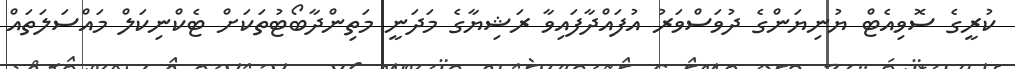
ކުރީގެ ސޮވިއެޓް ޔުނިޔަންގެ ދުވަސްވަރު އުފައްދާފައިވާ ރަޝިޔާގެ މަދަނީ މަތިންދާބޯޓުތަކަށް ޓެކްނިކަލް މައްސަލަތައް